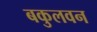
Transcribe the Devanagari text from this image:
बकुलवन